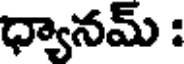
ధ్యానమ్ :